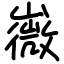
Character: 嶶